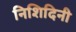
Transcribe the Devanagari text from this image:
निशिदिनी